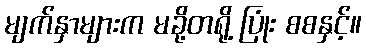
မျက်နှာများက မခို့တရို့ ပြုံး စစနှင့်။